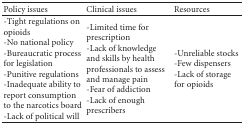
<table><thead><tr><td><b>Policy issues</b></td><td><b>Clinical issues</b></td><td><b>Resources</b></td></tr></thead><tbody><tr><td>-Tight regulations on opioids-No national policy-Bureaucratic process for legislation-Punitive regulations-Inadequate ability to report consumption to the narcotics board-Lack of political will</td><td>-Limited time for prescription-Lack of knowledge and skills by health professionals to assess and manage pain-Fear of addiction-Lack of enough prescribers</td><td>-Unreliable stocks-Few dispensers-Lack of storage for opioids</td></tr></tbody></table>